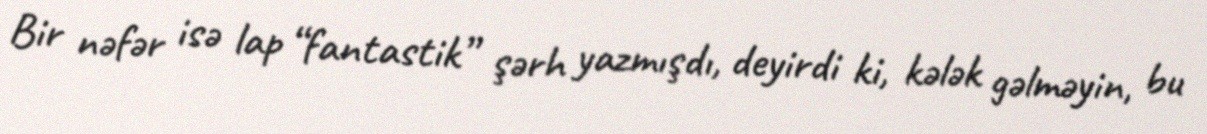
Bir nəfər isə lap “fantastik” şərh yazmışdı, deyirdi ki, kələk gəlməyin, bu